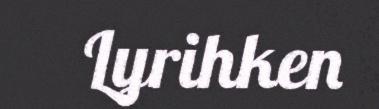
Lyrihken